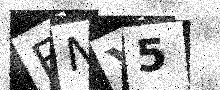
Text: ENY5